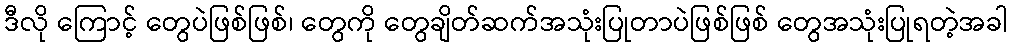
ဒီလို ကြောင့် တွေပဲဖြစ်ဖြစ်၊ တွေကို တွေချိတ်ဆက်အသုံးပြုတာပဲဖြစ်ဖြစ် တွေအသုံးပြုရတဲ့အခါ